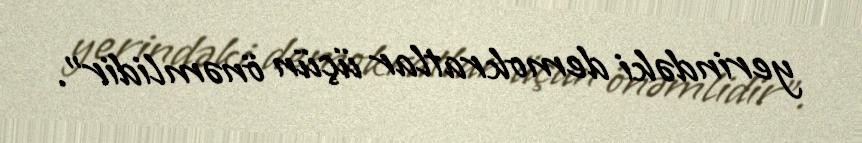
yerindəki demokratlar üçün önəmlidir”.